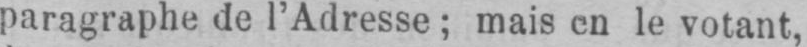
paragraphe de l’Adresse; mais en le votant,